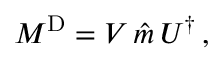
M ^ { \mathrm { D } } = V \, \hat { m } \, U ^ { \dagger } \, ,